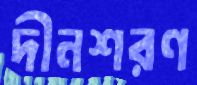
দীনশরণ